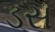
ડસ